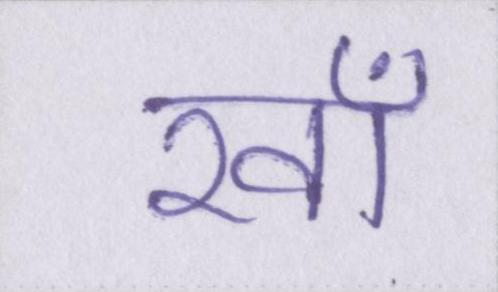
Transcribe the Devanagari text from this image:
रवाँ